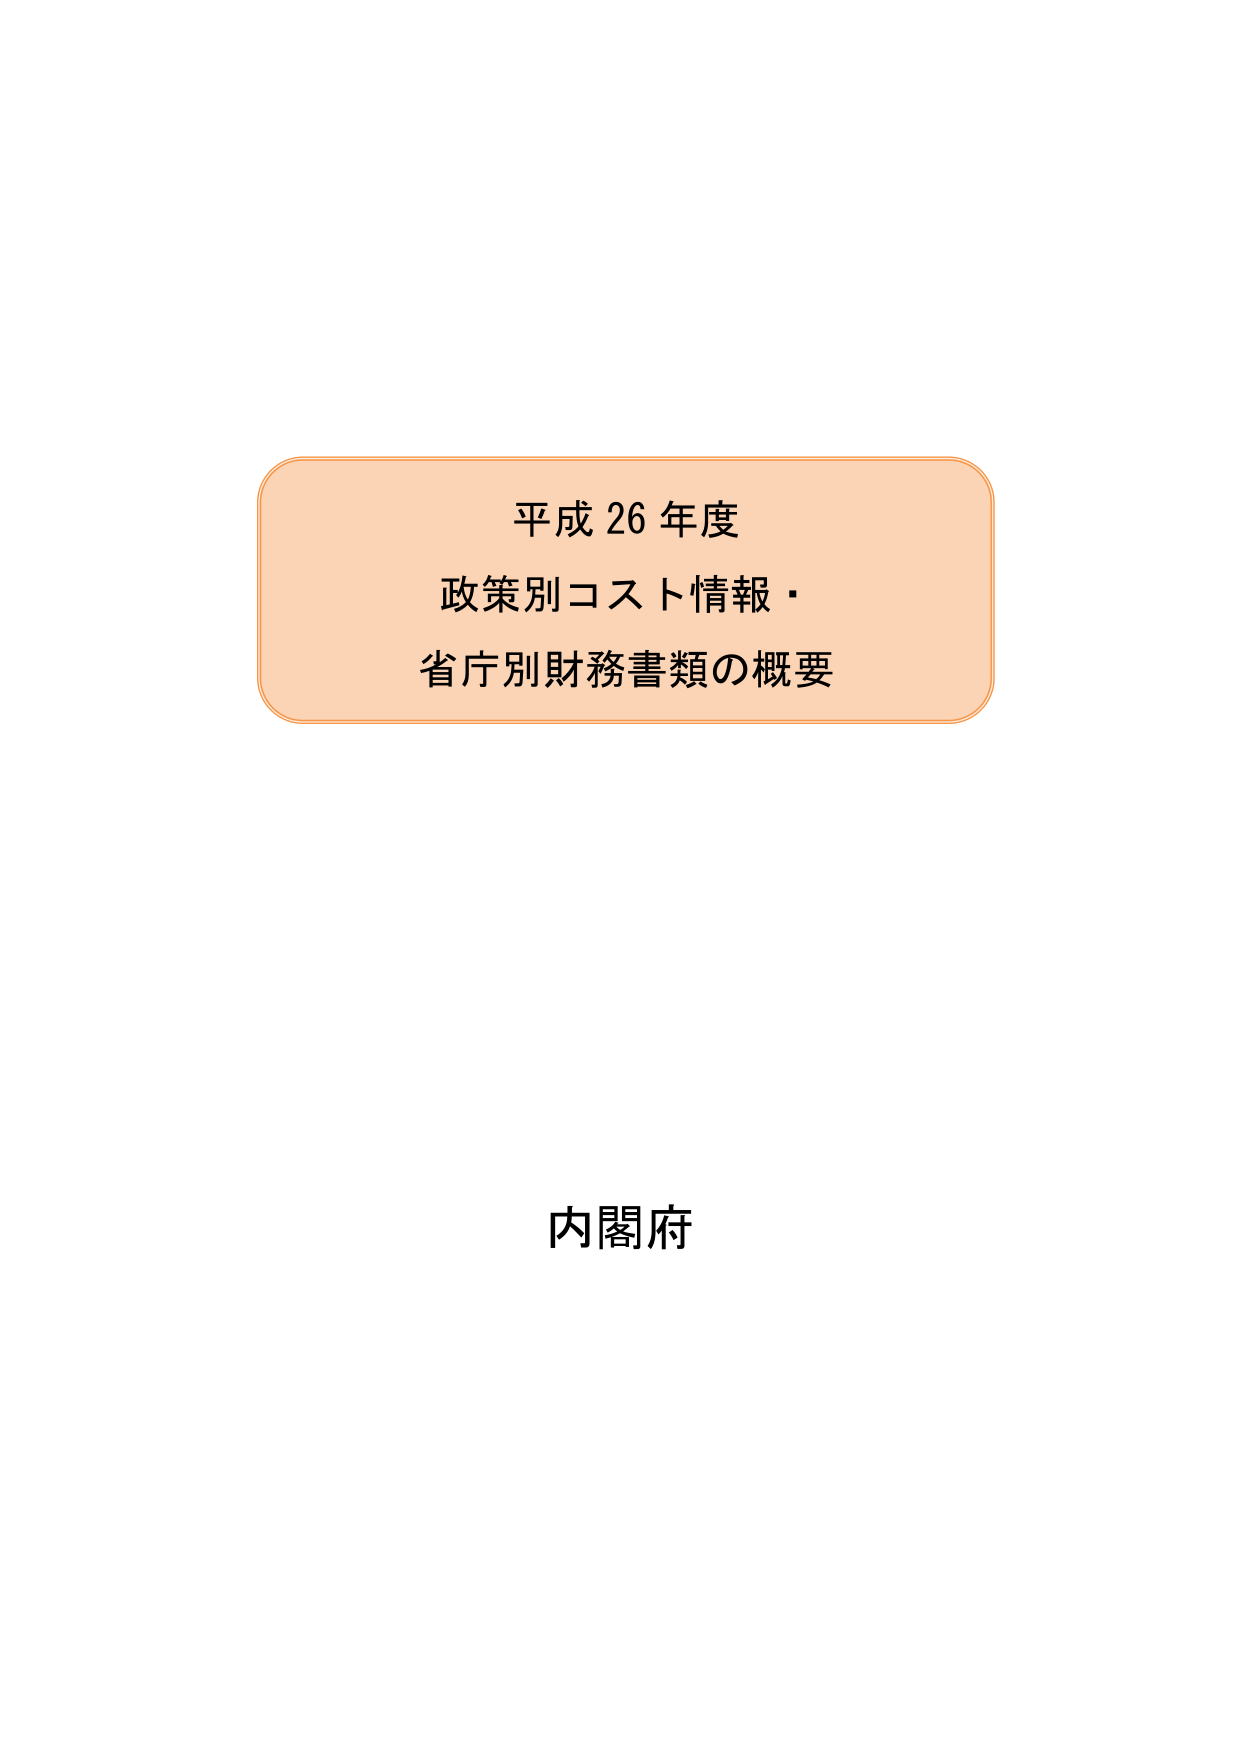
平成 26 年度
政策別コスト情報・
省庁別財務書類の概要

内閣府